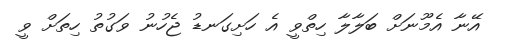
އޭނާ އެމޫނަށް ބަލާލާ ހިތްވީ އެ ހަށިގަނޑު ޖެހުނު ވަގުތު ހިތަށް ވީ